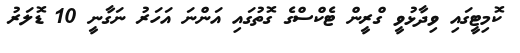
ކޮމިޓީގައި ވިދާޅުވީ ގްރީން ޓެކްސްގެ ގޮތުގައި އަންނަ އަހަރު ނަގާނީ 10 ޑޮލަރު